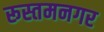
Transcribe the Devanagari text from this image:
रूस्तमनगर